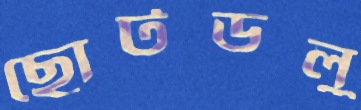
ছোটডলু